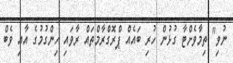
ނުވި" ތިމާވެށްޓާ ގުޅުން ހުރި ބައެއް ޕްރޮގްރާމްތައް ރާވައި ހިންގުމުގެ އާއި ވެބް